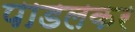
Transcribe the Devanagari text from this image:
पाडलकर